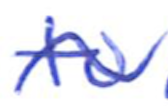
Text: to
Cross-out: wave
Writing tool: ballpoint